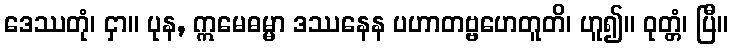
ဒေဿတုံ၊ ငှာ။ ပုန, ဣမေဓမ္မာ ဒဿနေန ပဟာတဗ္ဗဟေတူတိ၊ ဟူ၍။ ဝုတ္တံ၊ ပြီ။